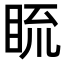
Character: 𥆆